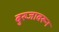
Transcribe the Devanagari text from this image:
बुरुजावरून